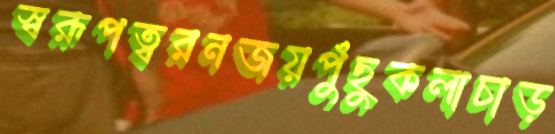
স্বরূপত্বরনজয়পুঁছুকলাচাড়